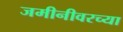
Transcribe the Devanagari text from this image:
जमीनीवरच्या